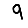
Digit: 9